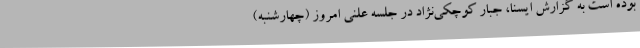
بوده است به گزارش ایسنا، جبار کوچکی‌نژاد در جلسه علنی امروز (چهارشنبه)